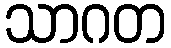
သာဂတ